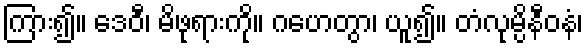
ကြား၍။ ဒေဝီံ၊ မိဖုရားကို။ ဂဟေတွာ၊ ယူ၍။ တံလုမ္ပိနီဝနံ၊